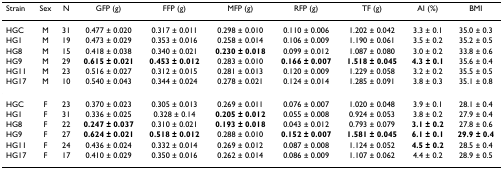
<table><thead><tr><td><b>Strain</b></td><td><b>Sex</b></td><td><b>N</b></td><td><b>GFP (g)</b></td><td><b>FFP (g)</b></td><td><b>MFP (g)</b></td><td><b>RFP (g)</b></td><td><b>TF (g)</b></td><td><b>AI (%)</b></td><td><b>BMI</b></td></tr></thead><tbody><tr><td>HGC</td><td>M</td><td>31</td><td>0.477 ± 0.020</td><td>0.317 ± 0.011</td><td>0.298 ± 0.010</td><td>0.110 ± 0.006</td><td>1.202 ± 0.042</td><td>3.3 ± 0.1</td><td>35.0 ± 0.3</td></tr><tr><td>HG1</td><td>M</td><td>19</td><td>0.473 ± 0.029</td><td>0.353 ± 0.016</td><td>0.258 ± 0.014</td><td>0.106 ± 0.009</td><td>1.190 ± 0.061</td><td>3.5 ± 0.2</td><td>35.2 ± 0.5</td></tr><tr><td>HG8</td><td>M</td><td>15</td><td>0.418 ± 0.038</td><td>0.340 ± 0.021</td><td><b>0.230 ± 0.018</b></td><td>0.099 ± 0.012</td><td>1.087 ± 0.080</td><td>3.0 ± 0.2</td><td>33.8 ± 0.6</td></tr><tr><td>HG9</td><td>M</td><td>29</td><td><b>0.615 ± 0.021</b></td><td><b>0.453 ± 0.012</b></td><td>0.283 ± 0.010</td><td><b>0.166 ± 0.007</b></td><td><b>1.518 ± 0.045</b></td><td><b>4.3 ± 0.1</b></td><td>35.6 ± 0.4</td></tr><tr><td>HG11</td><td>M</td><td>23</td><td>0.516 ± 0.027</td><td>0.312 ± 0.015</td><td>0.281 ± 0.013</td><td>0.120 ± 0.009</td><td>1.229 ± 0.058</td><td>3.2 ± 0.2</td><td>35.5 ± 0.5</td></tr><tr><td>HG17</td><td>M</td><td>10</td><td>0.540 ± 0.043</td><td>0.344 ± 0.024</td><td>0.278 ± 0.021</td><td>0.124 ± 0.014</td><td>1.285 ± 0.091</td><td>3.8 ± 0.3</td><td>35.1 ± 0.8</td></tr><tr><td>HGC</td><td>F</td><td>23</td><td>0.370 ± 0.023</td><td>0.305 ± 0.013</td><td>0.269 ± 0.011</td><td>0.076 ± 0.007</td><td>1.020 ± 0.048</td><td>3.9 ± 0.1</td><td>28.1 ± 0.4</td></tr><tr><td>HG1</td><td>F</td><td>31</td><td>0.336 ± 0.025</td><td>0.328 ± 0.14</td><td><b>0.205 ± 0.012</b></td><td>0.055 ± 0.008</td><td>0.924 ± 0.053</td><td>3.8 ± 0.2</td><td>27.9 ± 0.4</td></tr><tr><td>HG8</td><td>F</td><td>22</td><td><b>0.247 ± 0.037</b></td><td>0.310 ± 0.021</td><td><b>0.193 ± 0.018</b></td><td>0.043 ± 0.012</td><td>0.793 ± 0.079</td><td><b>3.1 ± 0.2</b></td><td>27.8 ± 0.6</td></tr><tr><td>HG9</td><td>F</td><td>27</td><td><b>0.624 ± 0.021</b></td><td><b>0.518 ± 0.012</b></td><td>0.288 ± 0.010</td><td><b>0.152 ± 0.007</b></td><td><b>1.581 ± 0.045</b></td><td><b>6.1 ± 0.1</b></td><td><b>29.9 ± 0.4</b></td></tr><tr><td>HG11</td><td>F</td><td>24</td><td>0.436 ± 0.024</td><td>0.332 ± 0.014</td><td>0.269 ± 0.012</td><td>0.087 ± 0.008</td><td>1.124 ± 0.052</td><td><b>4.5 ± 0.2</b></td><td>28.5 ± 0.4</td></tr><tr><td>HG17</td><td>F</td><td>17</td><td>0.410 ± 0.029</td><td>0.350 ± 0.016</td><td>0.262 ± 0.014</td><td>0.086 ± 0.009</td><td>1.107 ± 0.062</td><td>4.4 ± 0.2</td><td>28.9 ± 0.5</td></tr></tbody></table>